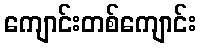
ကျောင်းတစ်ကျောင်း